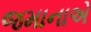
જમાનાએ